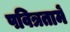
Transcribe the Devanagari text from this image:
पवित्रतामें